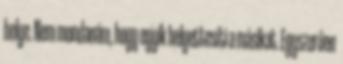
helye. Nem mondanám, hogy egyik helyettesíti a másikat. Egyszerűen